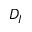
D _ { I }